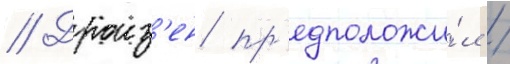
// Дроиз'ен пр'едположи́л /